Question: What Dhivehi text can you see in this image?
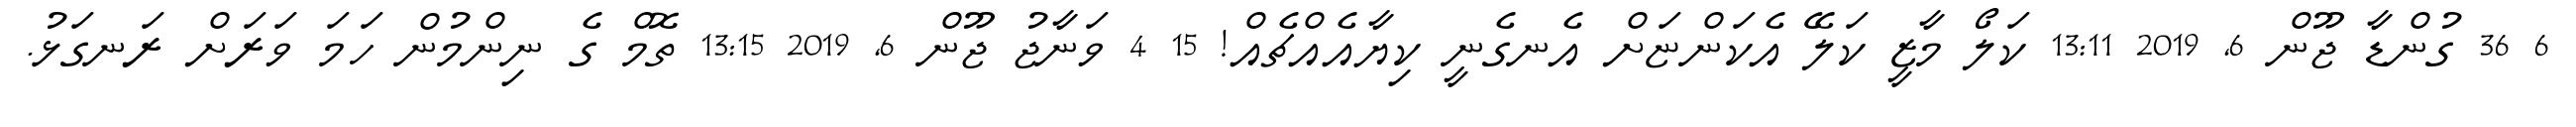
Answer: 6 36 ގުންޑާ ޖޫން 6, 2019 13:11 ކަލޯ މާޒީ ކަލޭ އެކަންޏަށް އެނގެނީ ކިޔާއެއްޗެއް! 15 4 ވަނާޖު ޖޫން 6, 2019 13:15 ތޮމް ގެ ނިންމުން ހަމަ ވަރަށް ރަނގަޅު.